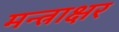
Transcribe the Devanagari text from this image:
मन्त्राक्षर